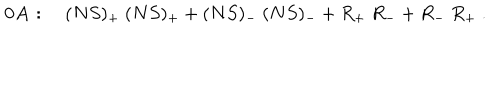
{ \bf 0 A } : \quad ( N S ) _ { + } \ ( N S ) _ { + } + ( N S ) _ { - } \ ( N S ) _ { - } + R _ { + } \ R _ { - } + R _ { - } \ R _ { + } \ .